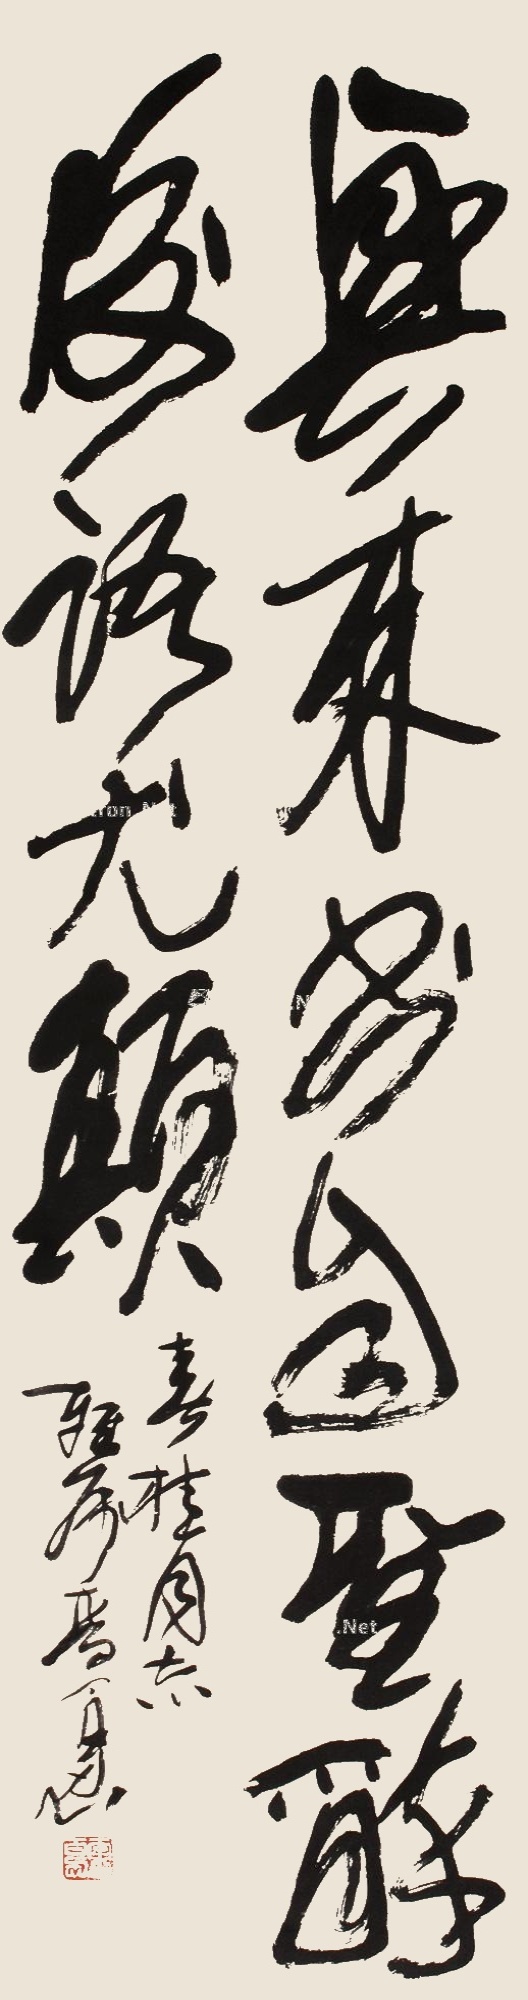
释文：兴来书自圣，醉后语犹颠。春桂同志雅属，李百忍。